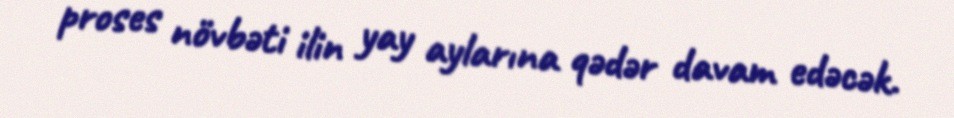
proses növbəti ilin yay aylarına qədər davam edəcək.